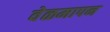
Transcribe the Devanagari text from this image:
वेळमापन